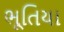
ભૂતિયા